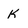
Character: K